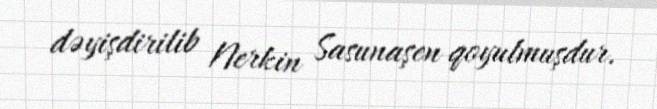
dəyişdirilib Nerkin Sasunaşen qoyulmuşdur.